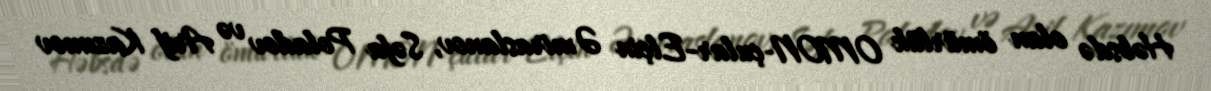
Həbsdə olan ömürlük OMON-çular-Elçin Əmiraslanov, Səfa Poladov və Arif Kazımov